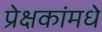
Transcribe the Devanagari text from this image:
प्रेक्षकांमधे